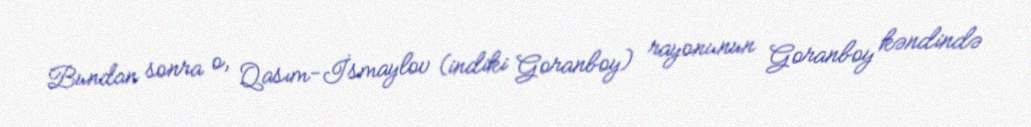
Bundan sonra o, Qasım-İsmaylov (indiki Goranboy) rayonunun Goranboy kəndində